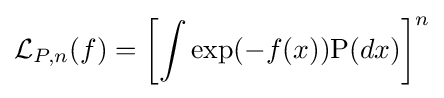
{\mathcal {L}}_{P,n}(f)=\left[\int \exp(-f(x))\mathrm {P} (dx)\right]^{n}